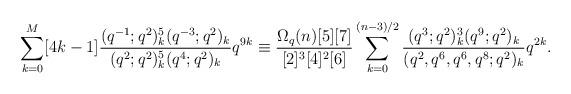
LaTeX: \begin{align*}\sum_{k=0}^{M}[4k-1]\frac{(q^{-1};q^2)_k^5(q^{-3};q^2)_k}{(q^2;q^2)_k^5(q^{4};q^2)_k}q^{9k}\equiv\frac{\Omega_q(n)[5][7]}{[2]^3[4]^2[6]}\sum_{k=0}^{(n-3)/2}\frac{(q^3;q^2)_k^3(q^9;q^2)_k}{(q^2,q^6,q^6,q^8;q^2)_k}q^{2k}.\end{align*}